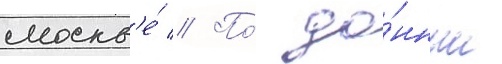
москв'е́ // По́ да́нным